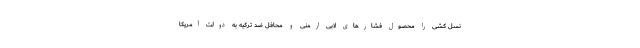
نسل کشی را محصول فشارهای لابی ارمنی و محافل ضد ترکیه به دولت آمریکا